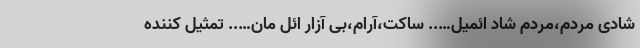
شادی مردم،مردم شاد ائمیل….. ساکت،آرام،بی آزار ائل مان….. تمثیل کننده